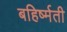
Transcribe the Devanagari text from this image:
बहिर्ष्मती